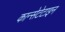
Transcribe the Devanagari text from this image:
कान्सेटेटाइन